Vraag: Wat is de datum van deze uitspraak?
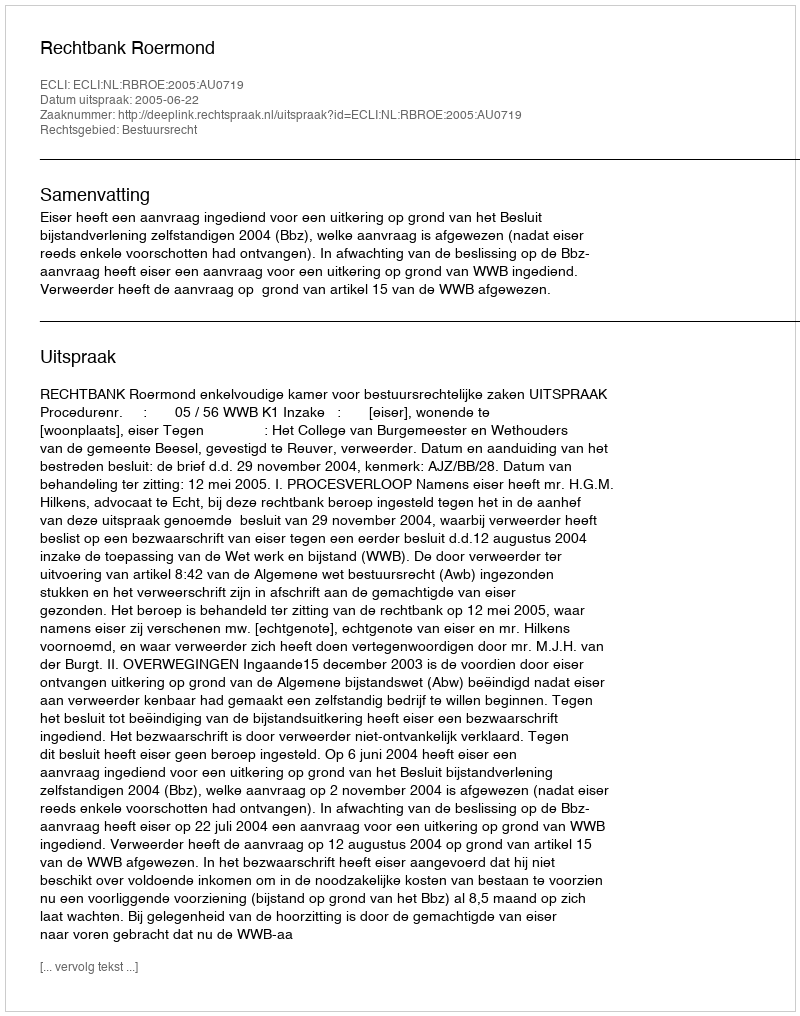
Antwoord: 2005-06-22